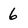
Character: 6